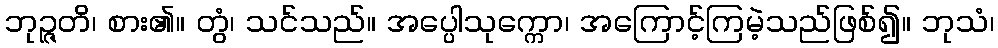
ဘုဉ္ဇတိ၊ စား၏။ တွံ၊ သင်သည်။ အပ္ပေါသုက္ကော၊ အကြောင့်ကြမဲ့သည်ဖြစ်၍။ ဘုသံ၊